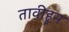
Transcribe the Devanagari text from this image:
तावीहून